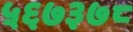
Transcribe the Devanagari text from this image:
५६७३७८